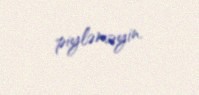
piyləməyin.